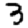
Digit: 3